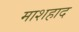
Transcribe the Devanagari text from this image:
माशहाद